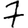
Digit: 7